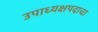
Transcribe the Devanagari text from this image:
उपाध्यक्षपदाचा